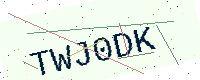
Text: TWJ0DK